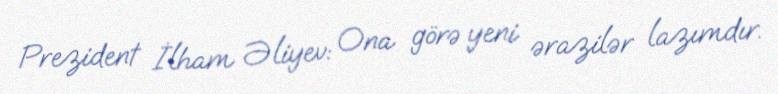
Prezident İlham Əliyev: Ona görə yeni ərazilər lazımdır.